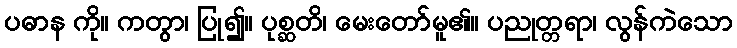
ပဓာန ကို။ ကတွာ၊ ပြု၍။ ပုစ္ဆတိ၊ မေးတော်မူ၏။ ပညုတ္တရာ၊ လွန်ကဲသော